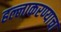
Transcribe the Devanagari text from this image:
हल्लाकरण्याचा